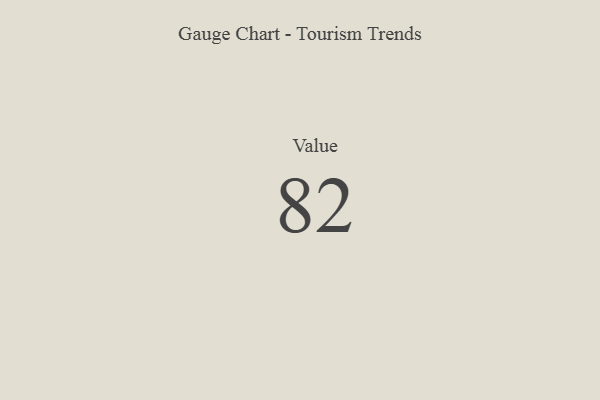
{"axis": {"x": "Metric", "y": "Value"}, "legend": [""], "data": [{"x": "Value", "y": 82, "type": ""}]}